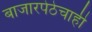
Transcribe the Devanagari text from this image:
बाजारपेठेचाही